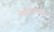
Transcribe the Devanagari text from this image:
मेरीटसाठी